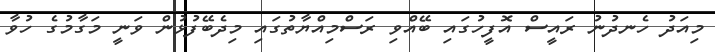
މިއަދު ހެނދުނު ރައީސް އޮފީހުގައި ބޭއްވި ރަސްމިއްޔާތުގައި މިދެބޭފުޅުން ވަނީ މަގާމުގެ ހުވާ